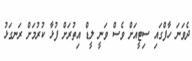
ދެވަނަ ހާފްގައި ސިޓީއަށް ވެސް ވަނީ ލީޑް އިތުރަށް ފުޅާ ކުރުމަށް ރަނގަޅު